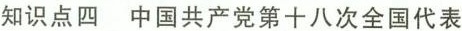
知识点四 中国共产党第十八次全国代表